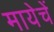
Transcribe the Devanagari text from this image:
मायेचें